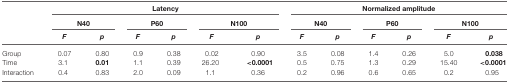
|  | <COLSPAN=6> Latency | <COLSPAN=6> Normalized amplitude |
 |  | <COLSPAN=2> N40 | <COLSPAN=2> P60 | <COLSPAN=2> N100 | <COLSPAN=2> N40 | <COLSPAN=2> P60 | <COLSPAN=2> N100 |
 |  | F | p | F | p | F | p | F | p | F | p | F | p |
 | --- | --- | --- | --- | --- | --- | --- | --- | --- | --- | --- | --- | --- |
 | Group | 0.07 | 0.80 | 0.9 | 0.38 | 0.02 | 0.90 | 3.5 | 0.08 | 1.4 | 0.26 | 5.0 | 0.038 |
 | Time | 3.1 | 0.01 | 1.1 | 0.39 | 26.20 | <0.0001 | 0.5 | 0.75 | 1.3 | 0.29 | 15.40 | <0.0001 |
 | Interaction | 0.4 | 0.83 | 2.0 | 0.09 | 1.1 | 0.36 | 0.2 | 0.96 | 0.6 | 0.65 | 0.2 | 0.95 |